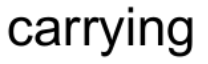
carrying